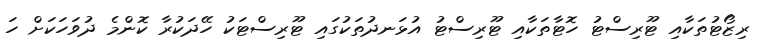
ރިޒޯޓުތަކާއި ޓޫރިސްޓު ހޮޓާތަކާއި ޓޫރިސްޓު އުޅަނދުތަކުގައި ޓޫރިސްޓަކު ހޭދަކުރާ ކޮންމެ ދުވަހަކަށް ހަ